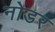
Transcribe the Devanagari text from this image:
नोडर